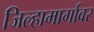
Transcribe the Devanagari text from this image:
जिल्हामार्गावर